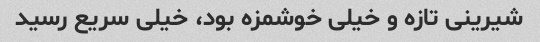
شیرینی تازه و خیلی خوشمزه بود، خیلی سریع رسید